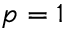
p = 1